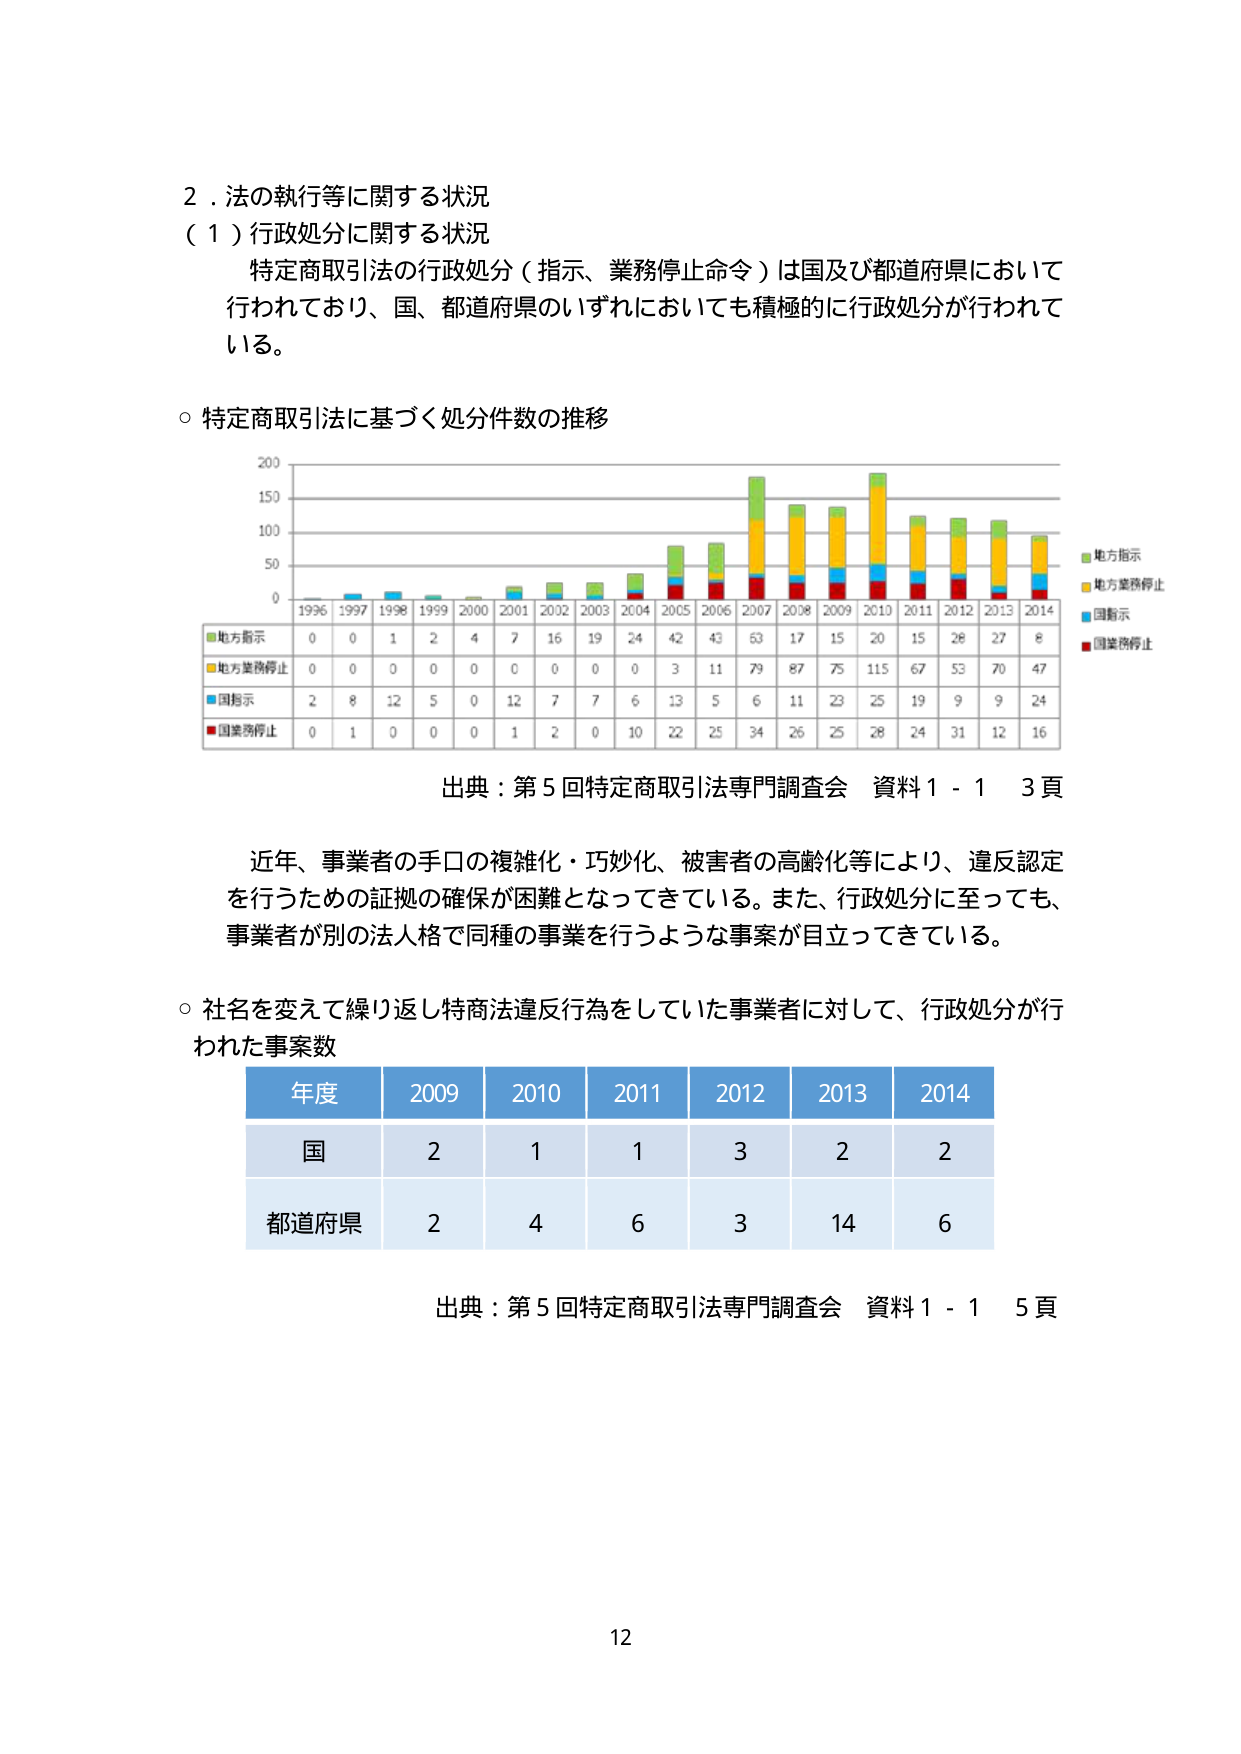
２．法の執行等に関する状況
（１）行政処分に関する状況
　特定商取引法の行政処分（指示、業務停止命令）は国及び都道府県において行われており、国、都道府県のいずれにおいても積極的に行政処分が行われている。

○ 特定商取引法に基づく処分件数の推移

　　200
　　150
　　100
　　50
　　0
　　1996 1997 1998 1999 2000 2001 2002 2003 2004 2005 2006 2007 2008 2009 2010 2011 2012 2013 2014

　　■地方指示　　0　0　1　2　4　7　16　19　24　42　43　53　17　15　20　15　28　27　8
　　■地方業務停止　0　0　0　0　0　0　0　0　0　3　11　79　87　75　115　67　53　70　47
　　■国指示　　2　8　12　5　0　12　7　7　6　13　5　6　11　23　25　19　9　9　24
　　■国業務停止　0　1　0　0　0　1　2　0　10　22　25　34　26　25　28　24　31　12　16

　　■地方指示
　　■地方業務停止
　　■国指示
　　■国業務停止

　出典：第５回特定商取引法専門調査会　資料１－１　３頁

　近年、事業者の手口の複雑化・巧妙化、被害者の高齢化等により、違反認定を行うための証拠の確保が困難となってきている。また、行政処分に至っても、事業者が別の法人格で同種の事業を行うような事案が目立ってきている。

○ 社名を変えて繰り返し特商法違反行為をしていた事業者に対して、行政処分が行われた事案数

　　年度　　2009　　2010　　2011　　2012　　2013　　2014
　　国　　　　2　　　　1　　　　1　　　　3　　　　2　　　　2
　　都道府県　　2　　　　4　　　　6　　　　3　　　　14　　　　6

　出典：第５回特定商取引法専門調査会　資料１－１　５頁

12